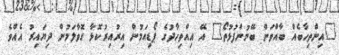
"އިންތިހާބެއް ބާއްވަން ބޭނުންފުޅުތޯ" އޭ އިއްތިހާދުގެ ޕޯޑިއަމުން އިރުއިރުކޮޅާ ގޮވާލަމުން ދިޔައިރު އެއްވެ